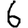
Digit: 6